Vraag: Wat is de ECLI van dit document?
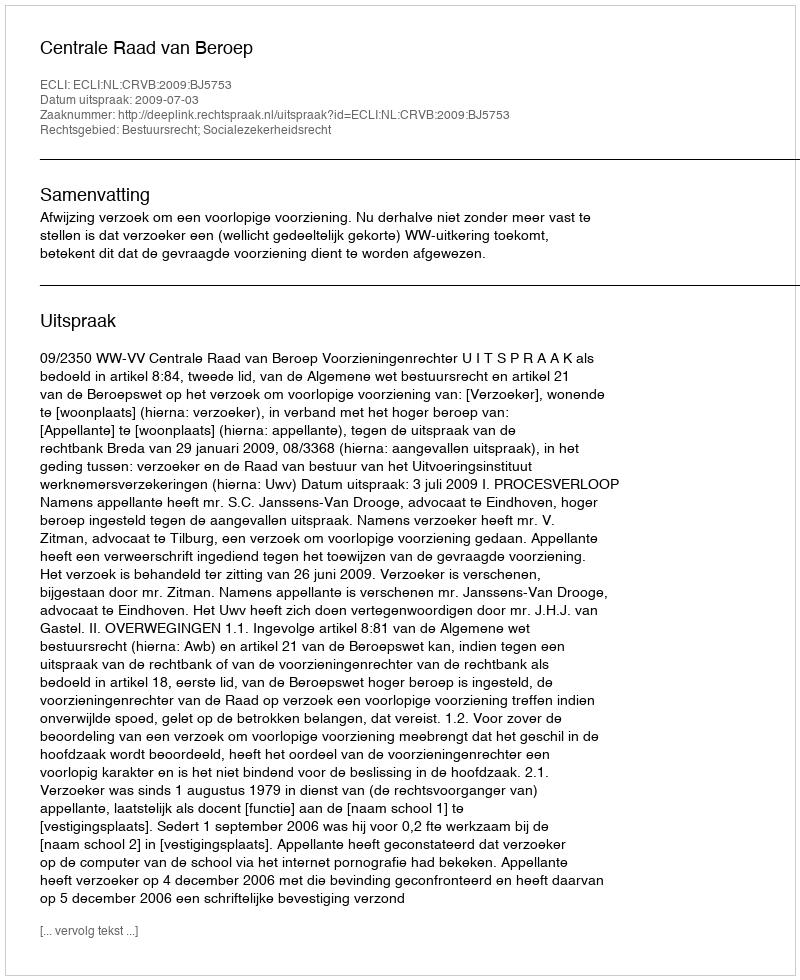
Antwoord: ECLI:NL:CRVB:2009:BJ5753